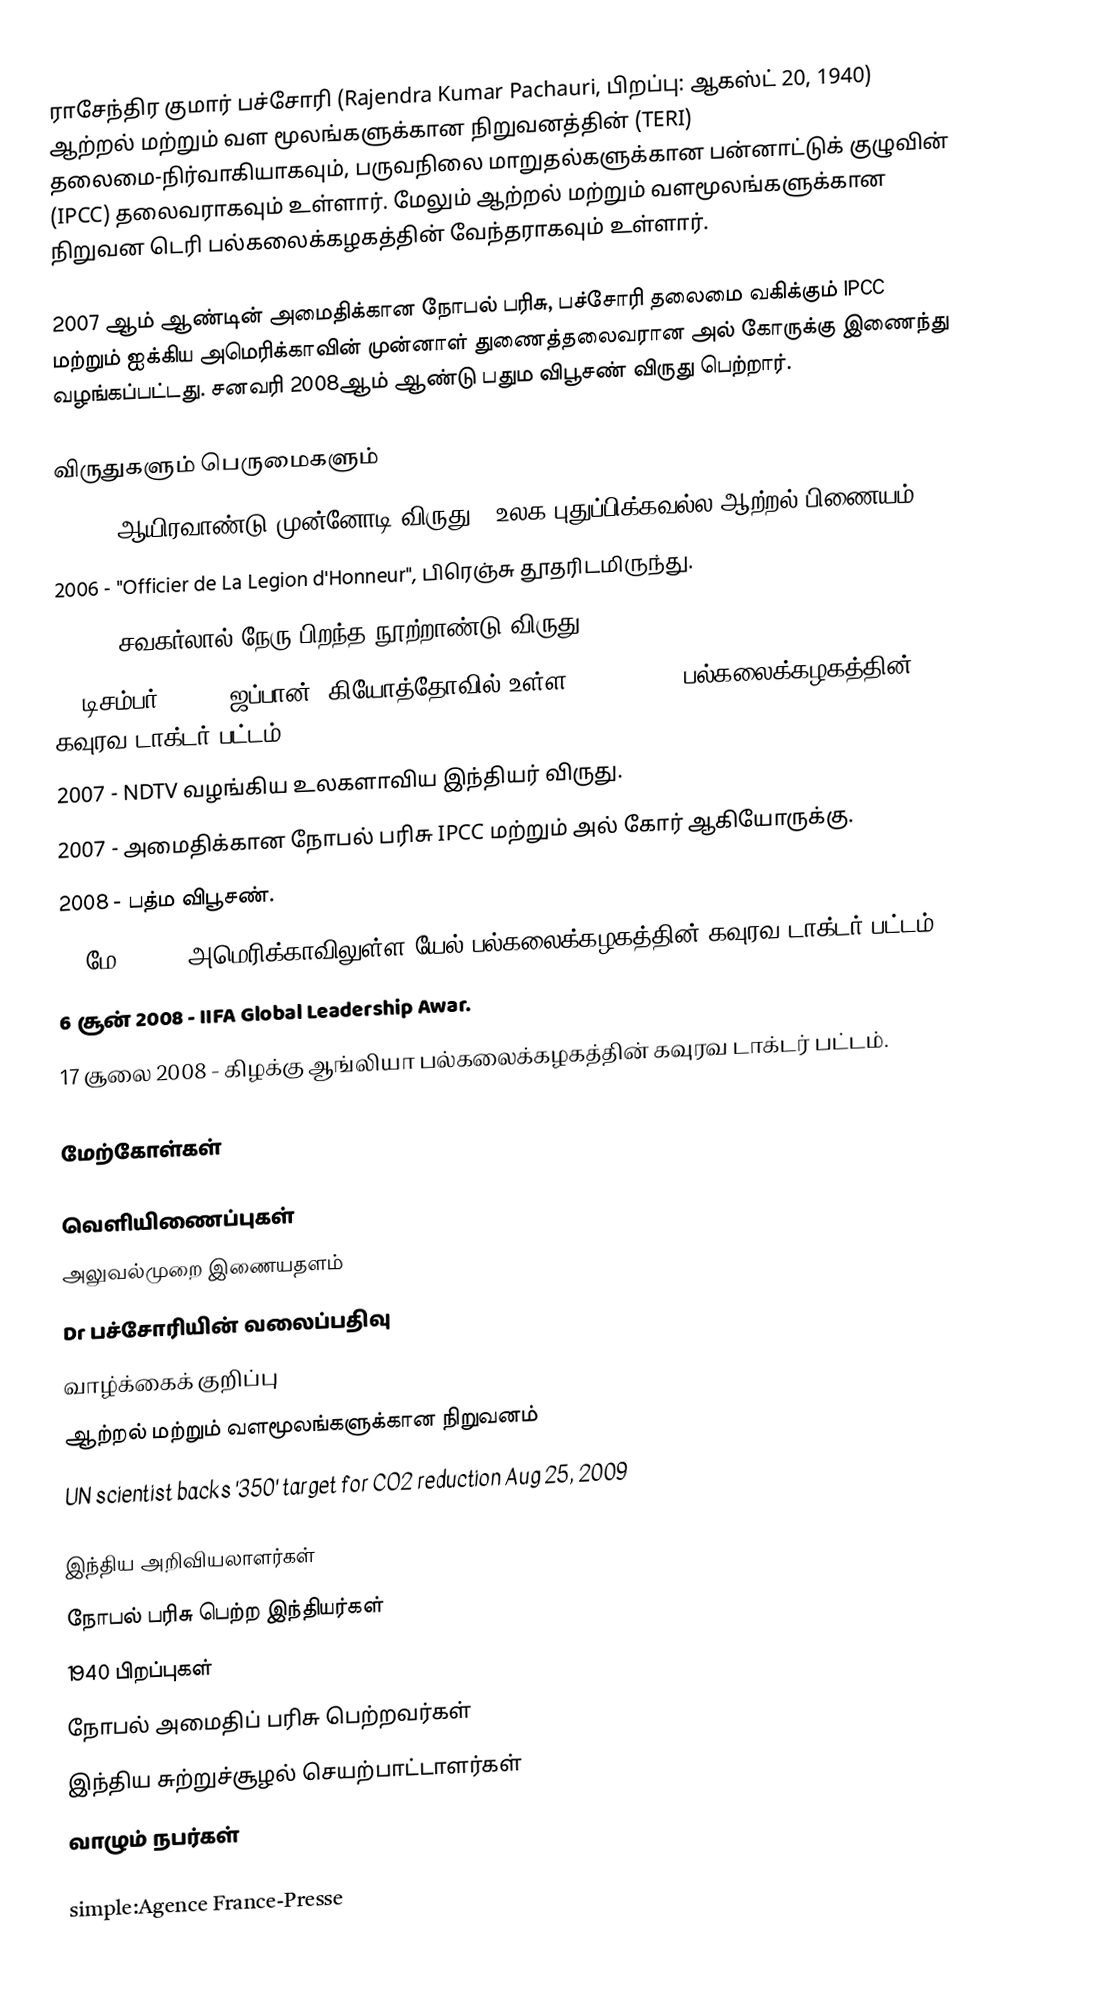
ராசேந்திர குமார் பச்சோரி (Rajendra Kumar Pachauri, பிறப்பு: ஆகஸ்ட் 20, 1940) ஆற்றல் மற்றும் வள மூலங்களுக்கான நிறுவனத்தின் (TERI) தலைமை-நிர்வாகியாகவும், பருவநிலை மாறுதல்களுக்கான பன்னாட்டுக் குழுவின் (IPCC) தலைவராகவும் உள்ளார். மேலும் ஆற்றல் மற்றும் வளமூலங்களுக்கான நிறுவன டெரி பல்கலைக்கழகத்தின் வேந்தராகவும் உள்ளார்.

2007 ஆம் ஆண்டின் அமைதிக்கான நோபல் பரிசு, பச்சோரி தலைமை வகிக்கும் IPCC மற்றும் ஐக்கிய அமெரிக்காவின் முன்னாள் துணைத்தலைவரான அல் கோருக்கு இணைந்து வழங்கப்பட்டது.  சனவரி 2008ஆம் ஆண்டு பதும விபூசண் விருது பெற்றார்.

விருதுகளும் பெருமைகளும்
 2000 - ஆயிரவாண்டு முன்னோடி விருது – உலக புதுப்பிக்கவல்ல ஆற்றல் பிணையம்.
 2006 - "Officier de La Legion d'Honneur", பிரெஞ்சு தூதரிடமிருந்து.
 2006 - சவகர்லால் நேரு பிறந்த நூற்றாண்டு விருது.
 20 டிசம்பர் 2007 - ஜப்பான், கியோத்தோவில் உள்ள Ritsumeikan பல்கலைக்கழகத்தின் கவுரவ டாக்டர் பட்டம்.
 2007 - NDTV வழங்கிய உலகளாவிய இந்தியர் விருது.
 2007 - அமைதிக்கான நோபல் பரிசு IPCC மற்றும் அல் கோர் ஆகியோருக்கு.
 2008 - பத்ம விபூசண்.
 26 மே 2008 - அமெரிக்காவிலுள்ள யேல் பல்கலைக்கழகத்தின் கவுரவ டாக்டர் பட்டம்.
 6 சூன் 2008 - IIFA Global Leadership  Awar.
 17 சூலை 2008 - கிழக்கு ஆங்லியா பல்கலைக்கழகத்தின் கவுரவ டாக்டர் பட்டம்.

மேற்கோள்கள்

வெளியிணைப்புகள்
 அலுவல்முறை இணையதளம்
 Dr பச்சோரியின் வலைப்பதிவு
 வாழ்க்கைக் குறிப்பு
 ஆற்றல் மற்றும் வளமூலங்களுக்கான நிறுவனம்
 UN scientist backs '350' target for CO2 reduction Aug 25, 2009

இந்திய அறிவியலாளர்கள்
நோபல் பரிசு பெற்ற இந்தியர்கள்
1940 பிறப்புகள்
நோபல் அமைதிப் பரிசு பெற்றவர்கள்
இந்திய சுற்றுச்சூழல் செயற்பாட்டாளர்கள்
வாழும் நபர்கள்

simple:Agence France-Presse